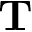
\mathbf { T }